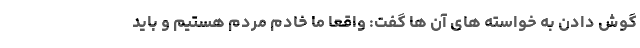
گوش دادن به خواسته های آن ها گفت: واقعا ما خادم مردم هستیم و باید